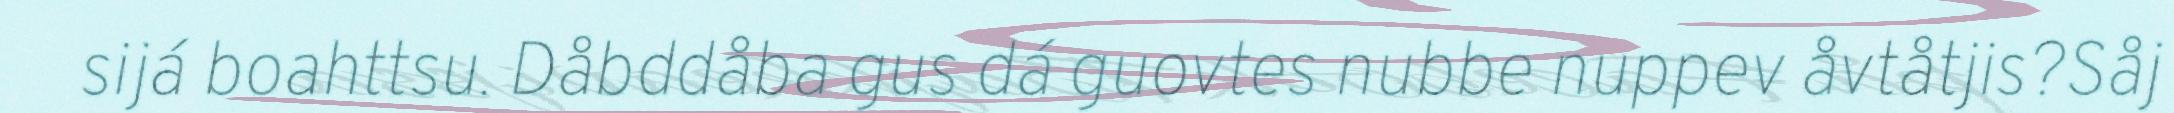
sijá boahttsu. Dåbddåba gus dá guovtes nubbe nuppev åvtåtjis?Såj